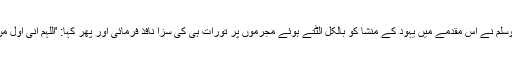
۶؂نبی صلی اللہ علیہ وسلم نے اس مقدمے میں یہود کے منشا کو بالکل الٹتے ہوئے مجرموں پر تورات ہی کی سزا نافذ فرمائی اور پھر کہا: 'اَللّٰہُمَّ اِنِّیْ اَوَّلُ مَنْ اَحْیَا اَمْرَکَ اِذْ اَمَاتُوْہُ' ۔